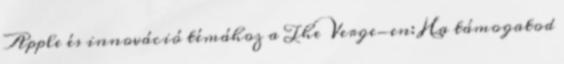
Apple és innováció témához a The Verge-en: Ha támogatod